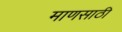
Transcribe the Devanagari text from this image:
माणसाठी